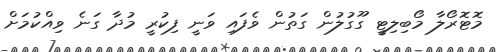
މޮޓޮރޯލާ މޯބިލިޓީ ގޫގުލުން ގަތުން ވެފައި ވަނީ ފިކުރީ މުދާ ގަނެ ވިއްކުމަށް